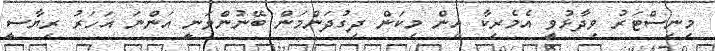
މިނިސްޓަރު ވިދާޅުވީ އެމެރިކާ އިން މިކަން ދިގުދަންމަން ބޭނުންވަނީ އަންނަ އަހަރު ރިޔާސީ